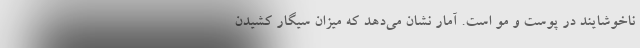
ناخوشایند در پوست و مو است. آمار نشان می‌دهد که میزان سیگار کشیدن